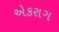
એકરાગ